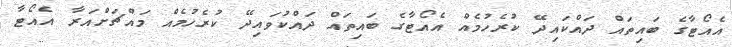
އެއޯޓާގެ ބައިތައް ދައްކައިދޭ ކުރެހުމެއް އެއޯޓާގެ ބައިތައް ދައްކުވައިދޭ ކުރެހުމެއް މައްޗަށްއަރާ އެއޯޓާ